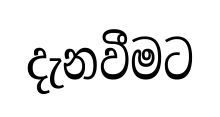
දැනවීමට